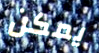
يمكن